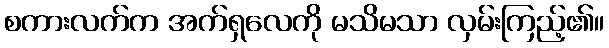
စကားလက်က အက်ရှလေကို မသိမသာ လှမ်းကြည့်၏။